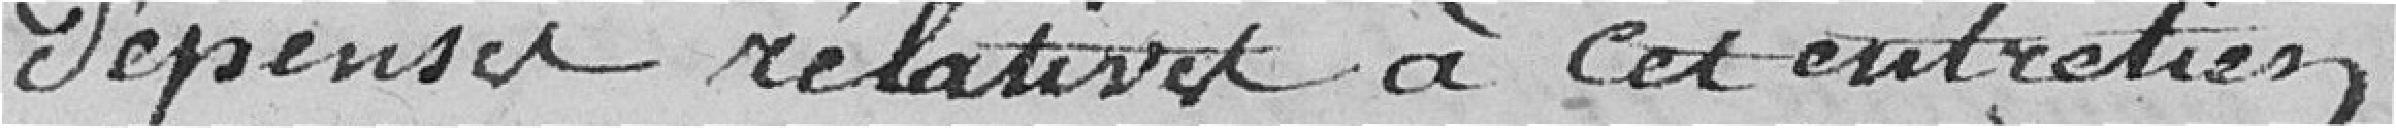
dépenses relatives à cet entretien.